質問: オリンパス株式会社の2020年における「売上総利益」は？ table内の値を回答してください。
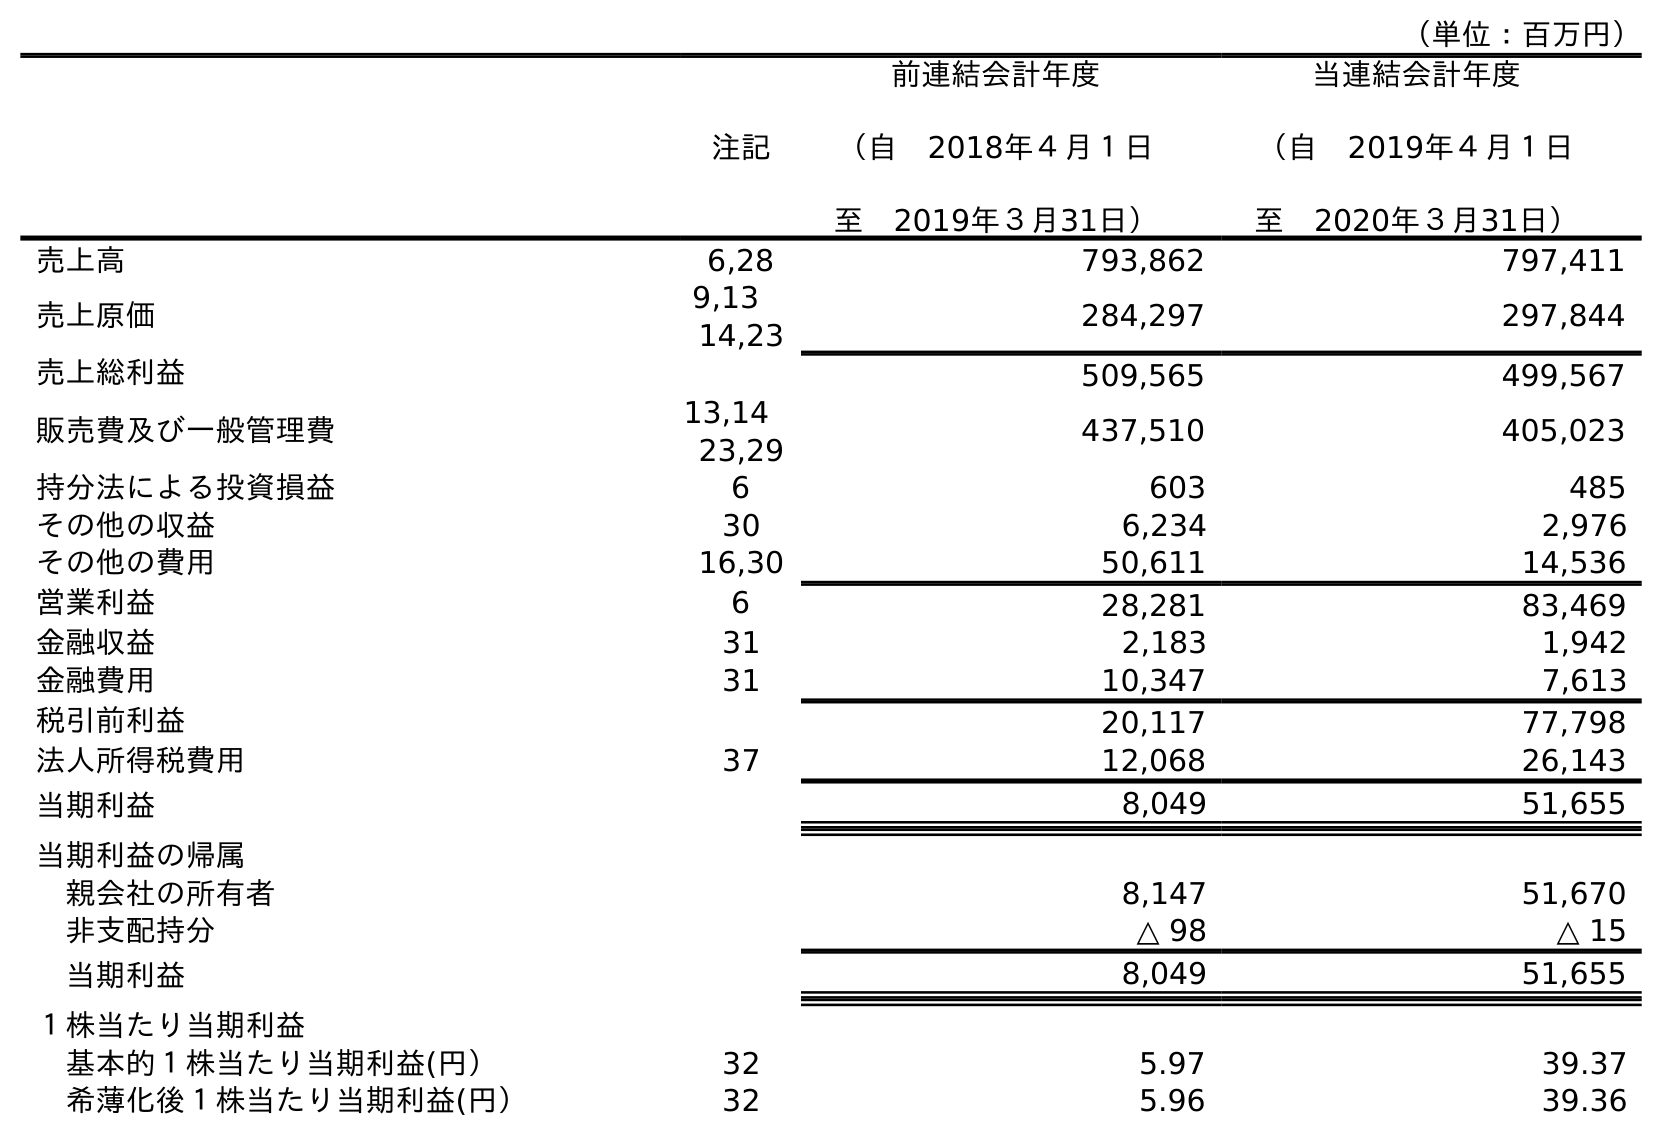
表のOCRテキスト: （単位：百万円） 注記 前連結会計年度 （自 2018年４月１日 至 2019年３月31日） 当連結会計年度 （自 2019年４月１日 至 2020年３月31日） 売上高 6,28 793,862 797,411 売上原価 9,13  14,23 284,297 297,844 売上総利益 509,565 499,567 販売費及び一般管理費 13,14  23,29 437,510 405,023 持分法による投資損益 6 603 485 その他の収益 30 6,234 2,976 その他の費用 16,30 50,611 14,536 営業利益 6 28,281 83,469 金融収益 31 2,183 1,942 金融費用 31 10,347 7,613 税引前利益 20,117 77,798 法人所得税費用 37 12,068 26,143 当期利益 8,049 51,655 当期利益の帰属 親会社の所有者 8,147 51,670 非支配持分 △ 98 △ 15 当期利益 8,049 51,655 １株当たり当期利益 基本的１株当たり当期利益(円） 32 5.97 39.37 希薄化後１株当たり当期利益(円） 32 5.96 39.36
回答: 499,567